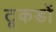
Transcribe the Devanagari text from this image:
टूकडों